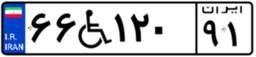
۱۱W۶۶۸۰۱